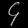
Digit: ၄